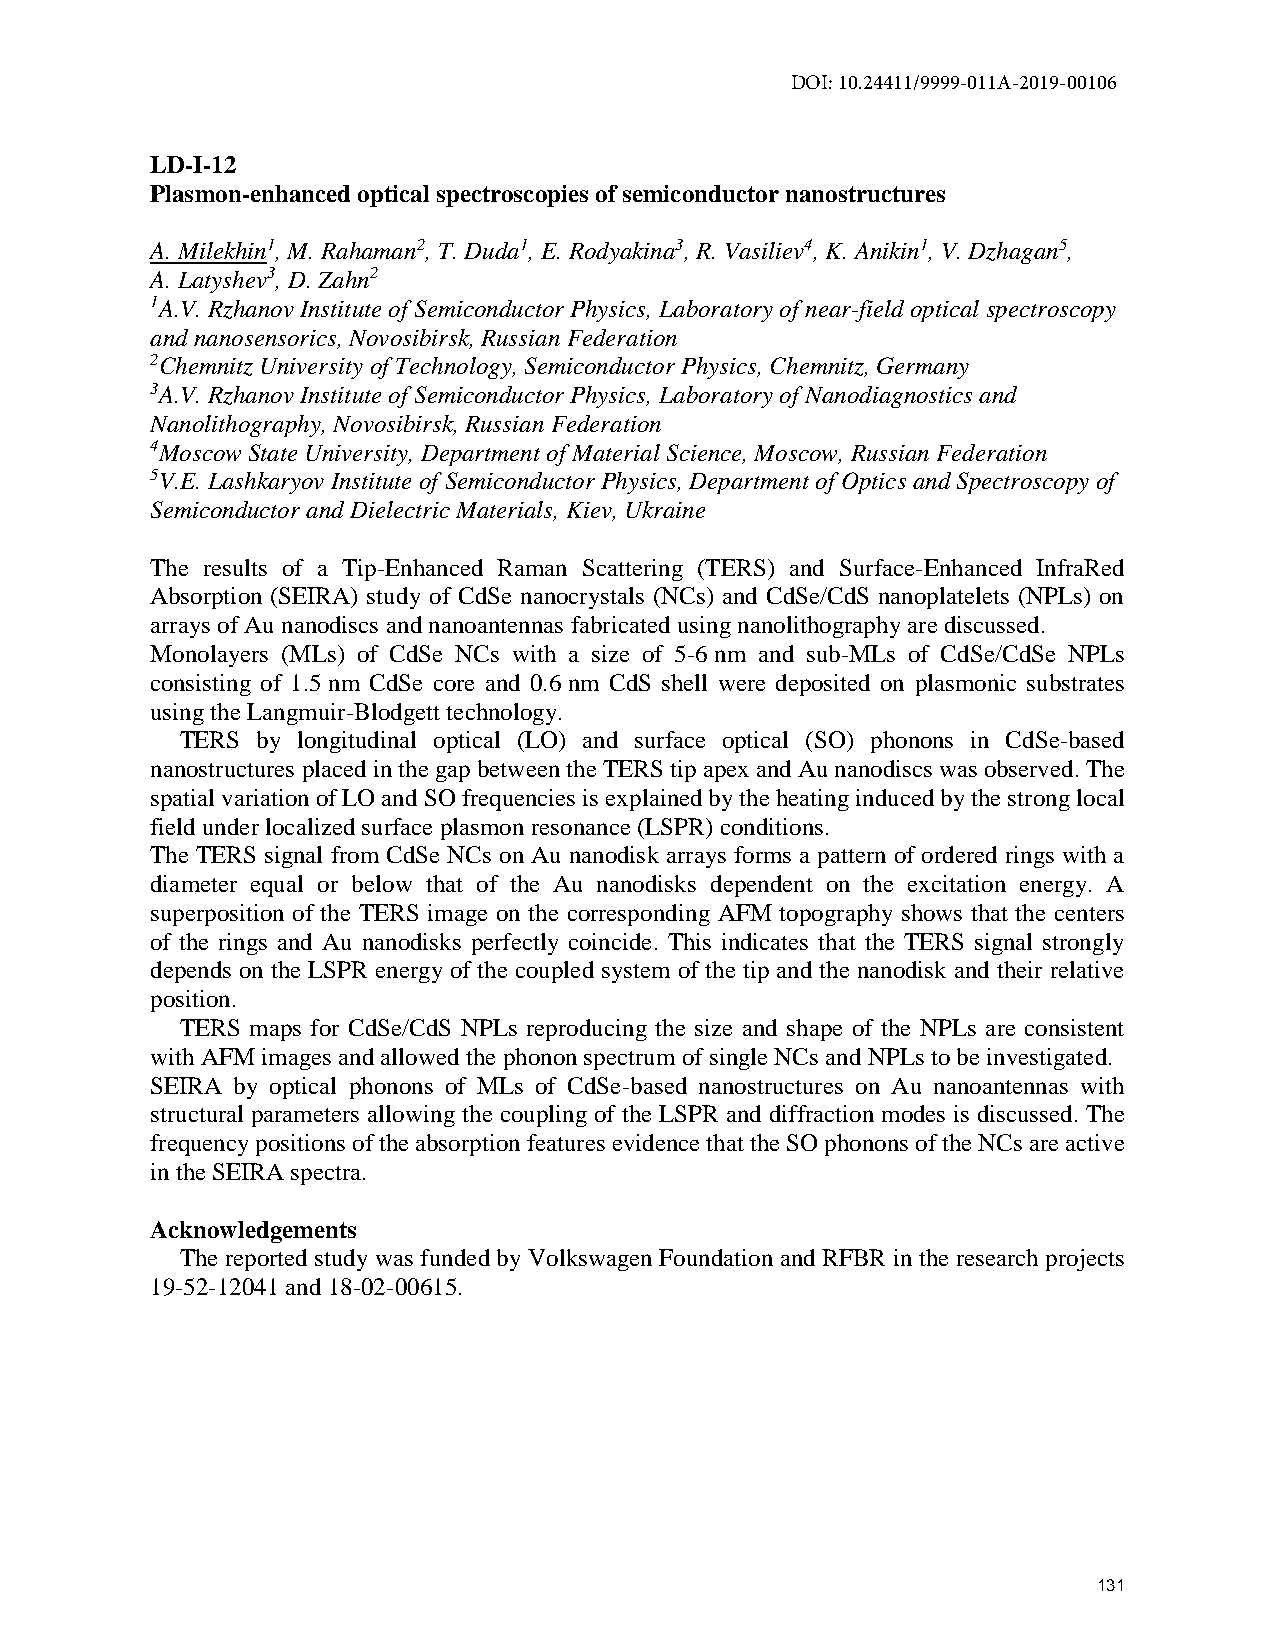
DOI: 10.24411/9999-011A-2019-00106
 LD-I-12
 Plasmon-enhanced optical spectroscopies of semiconductor nanostructures
 A. Milekhin1, M. Rahaman2, T. Duda1, E. Rodyakina3, R. Vasiliev4, K. Anikin1, V. Dzhagan5,
 A. Latyshev3, D. Zahn2
 1A.V. Rzhanov Institute of Semiconductor Physics, Laboratory of near-field optical spectroscopy
 and nanosensorics, Novosibirsk, Russian Federation
 2Chemnitz University of Technology, Semiconductor Physics, Chemnitz, Germany
 3A.V. Rzhanov Institute of Semiconductor Physics, Laboratory of Nanodiagnostics and
 Nanolithography, Novosibirsk, Russian Federation
 4Moscow State University, Department of Material Science, Moscow, Russian Federation
 5V.E. Lashkaryov Institute of Semiconductor Physics, Department of Optics and Spectroscopy of
 Semiconductor and Dielectric Materials, Kiev, Ukraine
 The results of a Tip-Enhanced Raman Scattering (TERS) and Surface-Enhanced InfraRed
 Absorption (SEIRA) study of CdSe nanocrystals (NCs) and CdSe/CdS nanoplatelets (NPLs) on
 arrays of Au nanodiscs and nanoantennas fabricated using nanolithography are discussed.
 Monolayers (MLs) of CdSe NCs with a size of 5-6 nm and sub-MLs of CdSe/CdSe NPLs
 consisting of 1.5 nm CdSe core and 0.6 nm CdS shell were deposited on plasmonic substrates
 using the Langmuir-Blodgett technology.
 TERS by longitudinal optical (LO) and surface optical (SO) phonons in CdSe-based
 nanostructures placed in the gap between the TERS tip apex and Au nanodiscs was observed. The
 spatial variation of LO and SO frequencies is explained by the heating induced by the strong local
 field under localized surface plasmon resonance (LSPR) conditions.
 The TERS signal from CdSe NCs on Au nanodisk arrays forms a pattern of ordered rings with a
 diameter equal or below that of the Au nanodisks dependent on the excitation energy. A
 superposition of the TERS image on the corresponding AFM topography shows that the centers
 of the rings and Au nanodisks perfectly coincide. This indicates that the TERS signal strongly
 depends on the LSPR energy of the coupled system of the tip and the nanodisk and their relative
 position.
 TERS maps for CdSe/CdS NPLs reproducing the size and shape of the NPLs are consistent
 with AFM images and allowed the phonon spectrum of single NCs and NPLs to be investigated.
 SEIRA by optical phonons of MLs of CdSe-based nanostructures on Au nanoantennas with
 structural parameters allowing the coupling of the LSPR and diffraction modes is discussed. The
 frequency positions of the absorption features evidence that the SO phonons of the NCs are active
 in the SEIRA spectra.
 Acknowledgements
 The reported study was funded by Volkswagen Foundation and RFBR in the research projects
 19-52-12041 and 18-02-00615.
 131